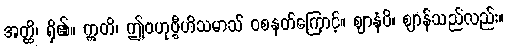
အတ္ထိ၊ ရှိ၏။ ဣတိ၊ ဤဗဟုဗ္ဗီဟိသမာသ် ဝစနတ်ကြောင့်။ ဈာနံပိ၊ ဈာန်သည်လည်း။